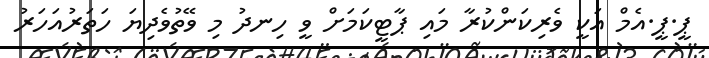
ޕީ.ޕީ.އެމް އަކީ ވެރިކަންކުރާ މައި ޕާޓީކަމަށް ވީ ހިނދު މި ވޭތުވެދިޔަ ހަތަރުއަހަރު